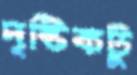
দৃষ্টিকটু